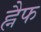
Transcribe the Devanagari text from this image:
ह्नैफ